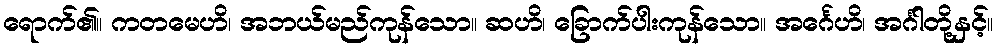
ရောက်၏။ ကတမေဟိ၊ အဘယ်မည်ကုန်သော။ ဆဟိ၊ ခြောက်ပါးကုန်သော။ အင်္ဂေဟိ၊ အင်္ဂါတို့နှင့်။